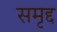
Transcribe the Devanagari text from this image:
समृद्द